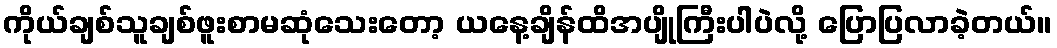
ကိုယ်ချစ်သူချစ်ဖူးစာမဆုံသေးတော့ ယနေ့ချိန်ထိအပျိုကြီးပါပဲလို့ ပြောပြလာခဲ့တယ်။